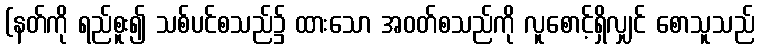
(နတ်ကို ရည်စူး၍ သစ်ပင်စသည်၌ ထားသော အဝတ်စသည်ကို လူစောင့်ရှိလျှင် စောသူသည်